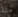
منذ